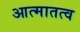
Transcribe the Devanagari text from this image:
आत्मातत्व